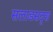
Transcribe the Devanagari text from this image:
सलाडसदृश